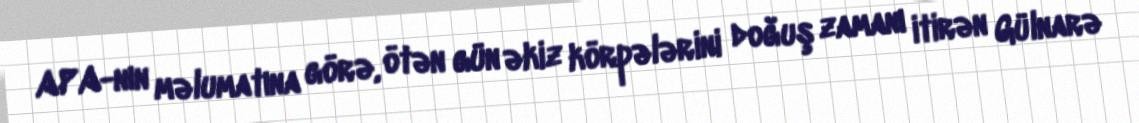
APA-nın məlumatına görə, ötən gün əkiz körpələrini doğuş zamanı itirən Gülnarə